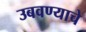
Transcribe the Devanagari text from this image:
उबवण्याचे